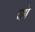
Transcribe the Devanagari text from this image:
तपै